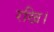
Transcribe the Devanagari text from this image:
रखि।